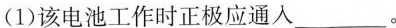
(1)该电池工作时正极应通入___。